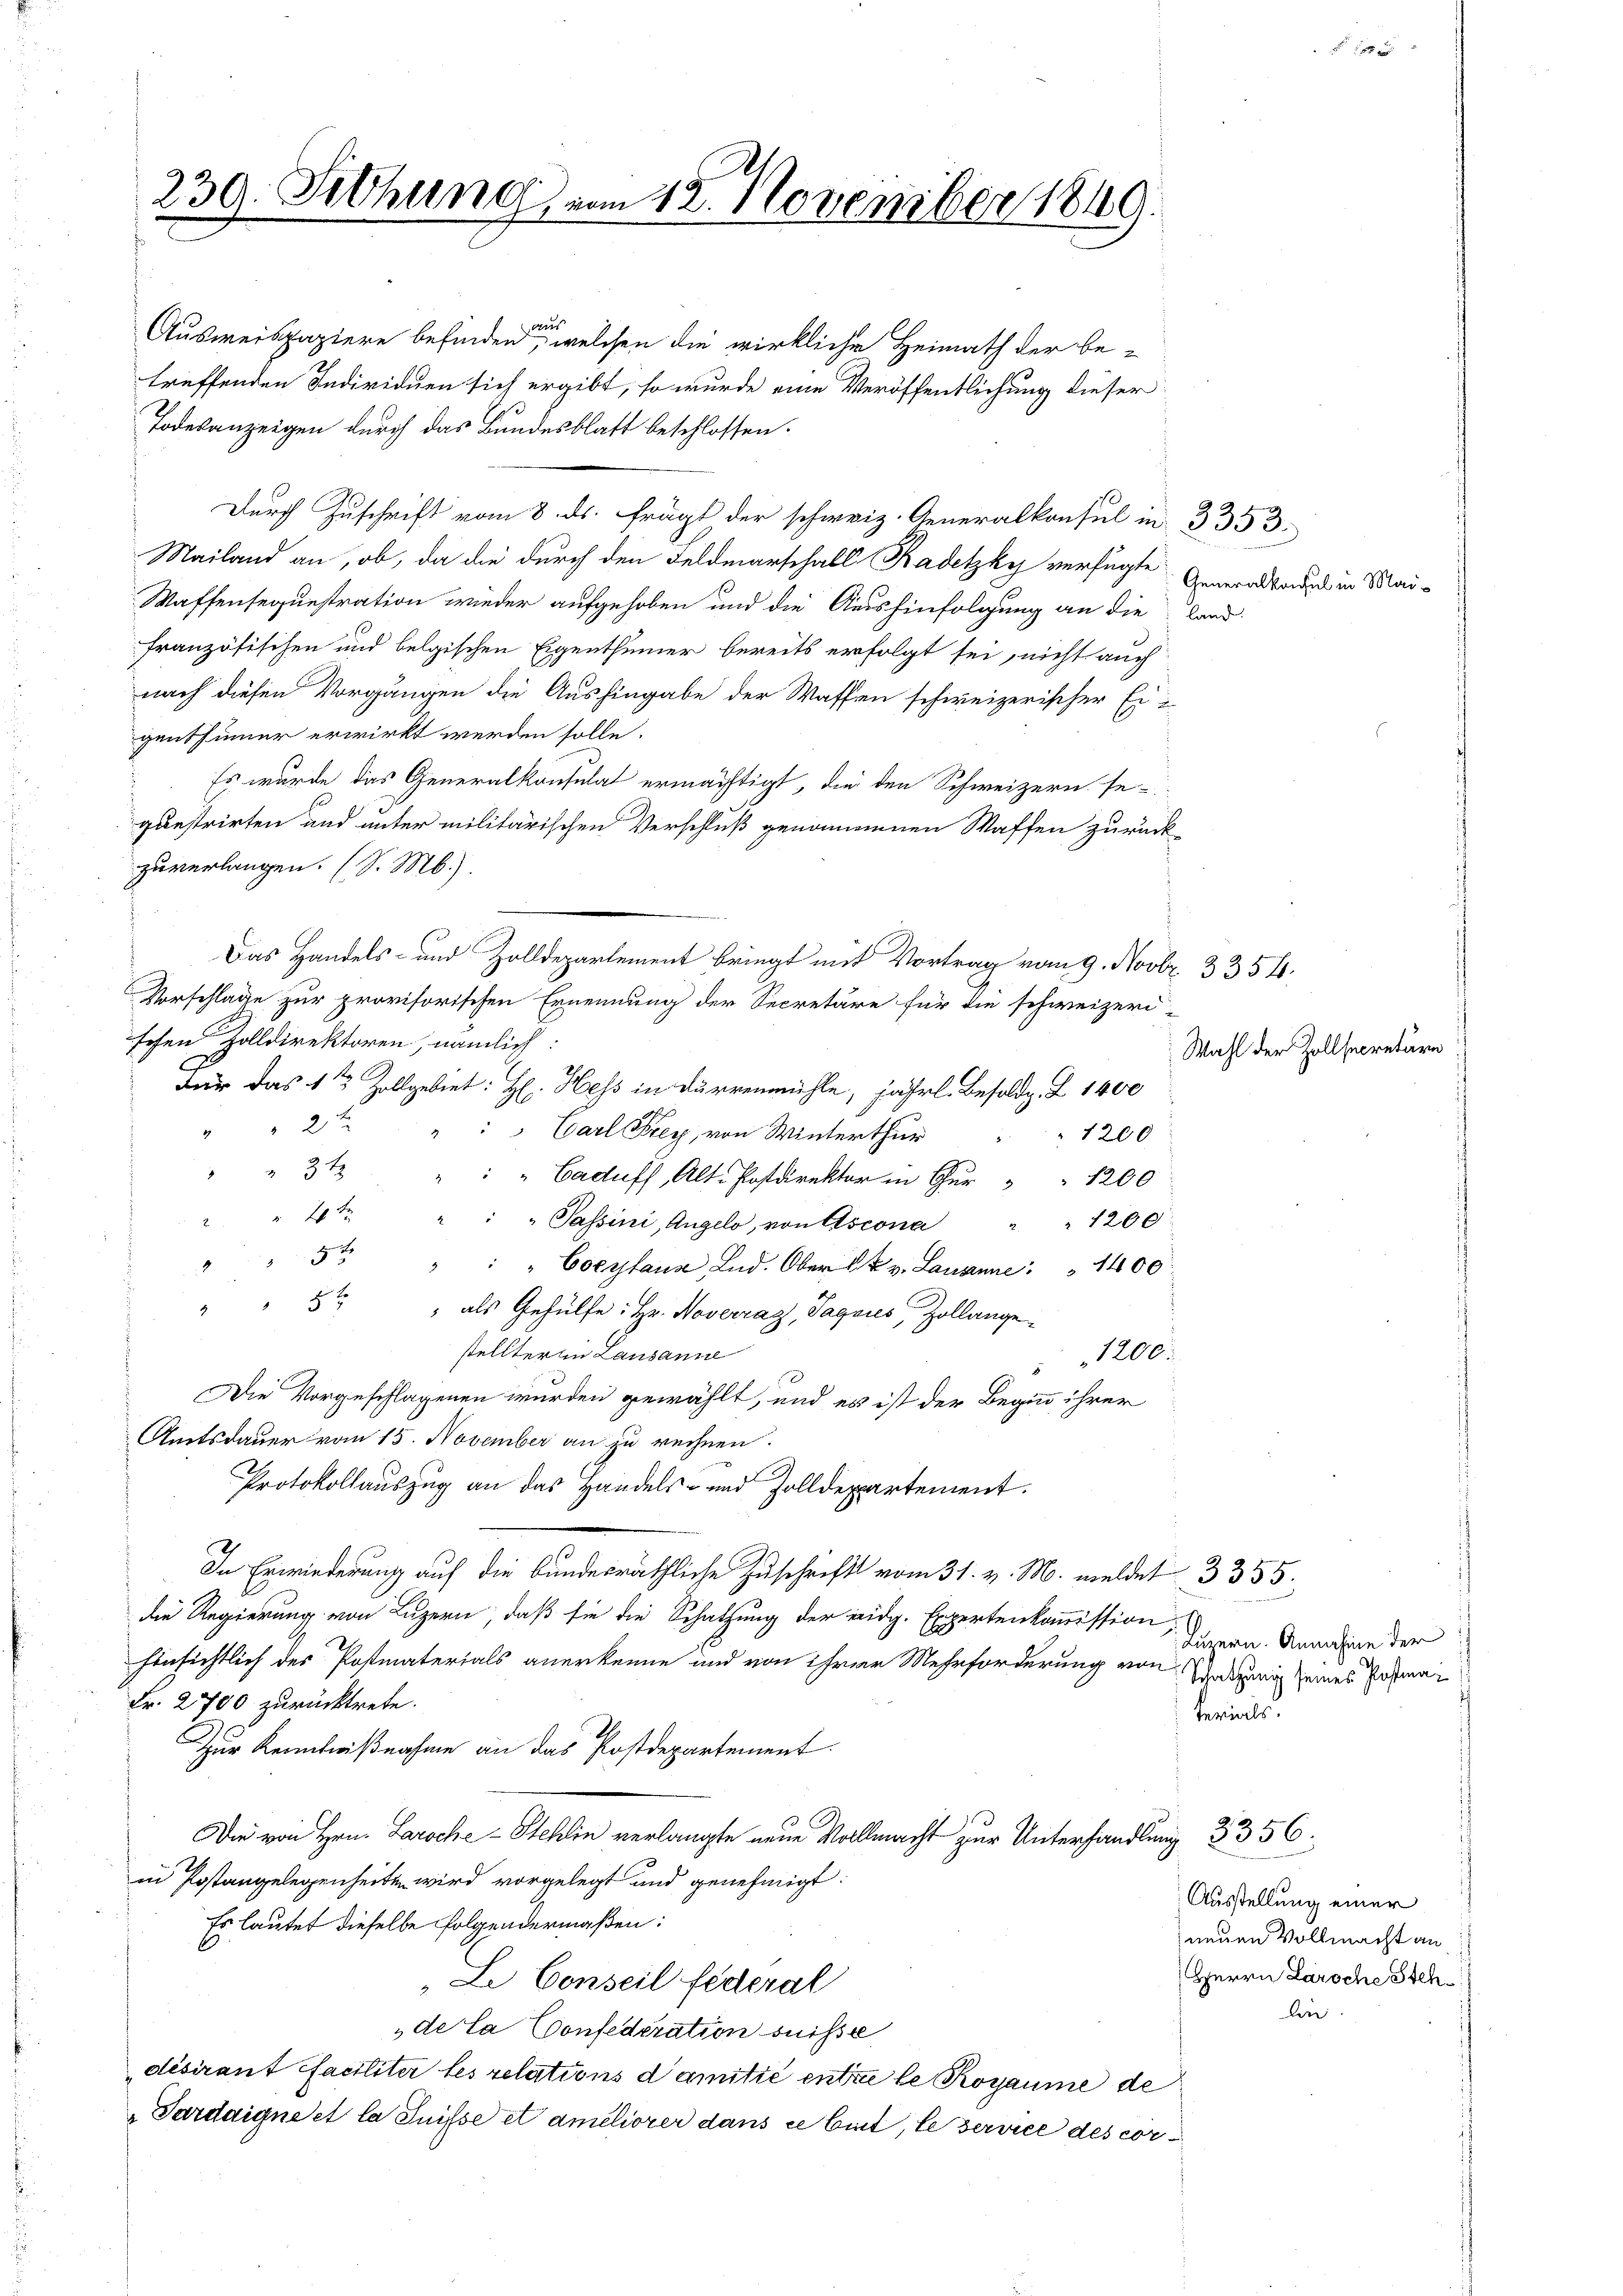
2
230. Siehung vom 12. November 1849.

Ausweispapiere befinden, welchen die wirkliche Heimath der be-
treffenden Individuen sich ergibt, so wurde eine Veröffentlichung dieser
Todesanzeigen durch das Bundesblatt beschlossen:
Durch Zuschrift vom 8. ds. frägt der schweiz. Generalkonsul in 3353.
Mailand an, ob, da die durch den Feldmarschall Kadetzky verfügte
Waffensequestration wieder aufgehoben und die Aushinfolgung an die Land-
französischen und belgischen Eigenthümer bereits erfolgt sei, nicht auch
nach diesen Vorgängen die Aushingabe der Waffen schweizerischer Eigenthümer erwirkt werden solle.
Es wurde das Generalkonsulat ermächtigt, die den Schweizern se-
questrirten und unter militärischen Verschluß genommenen Waffen zurück
zuverlangen. (S. M.).
Das Handels- und Zolldepartement bringt mit Vortrag vom 9. Novbr. 335 f.
Vorschläge zur provisorischen Ernennung der Secretäre für die schweizeri-
schen Zolldirektoren, nämlich:
Für das 1te Zollgebiet: H. Hess in Durrenmühle, jährl. Besold. Z. 1400
2te
" " " Carl Frey, von Winterthur
1200
" 312 " " " Caduff, Alt Postdirektor in Chur " " 1200
4t " " " Passini, Angelo, von Ascona " " 1200.
5t " " " Coeytaus Lud. Ober k. v. Lausanne: " 1400
2 x
" als Gehülfe: Hr. Noverray, Sagaus, Zollange-
stellterlin Lausanne
1200.
Die vorgeschlagenen wurden gewählt, und es ist der Beginn ihrer
Amtsdauer vom 15. November an zu rechnen.
Protokollauszug an das Handels- und Zolldepartement.
In Erwiedern auf die bundesräthliche Zuschrift vom 31. v. M. meldet 3335.
die Regierung von Luzern, daß sie die Schatzung der eidg. Expertenkommission
hinsichtlich des Postmaterials anerkenne und von ihrer Mehrforderung von Anderung seines Hofma
Fr. 2700 zurücktrete.
Zur Kenntnißnahme an das Postdepartement
Die von Hrn. Laroche - Stehlin verlangte neue Vollmacht zur Unterhandlung 3356.
in Postangelegenheiten wird vorgelegt und genehmigt.
Es lautet dieselbe folgendermaßen:
Li Conseil federal
„de la Confederation suisse
désirant faciliter les relations damitié entze le Rogaume de
Tardaigne et la Suisse et améliorer dans ce biet, le service des cor

Generalkonsul in Mai¬

Wahl der Zollsecretär

Luzern. Annahme der
terials

Ausstellung einer
neuen Vollmacht an
Herrn Laroche Stehdie